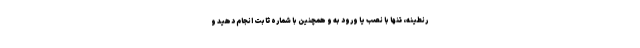
رنطینه، تنها با نصب یا ورود به و همچنین با شماره ثابت انجام دهید و